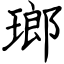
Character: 瑯